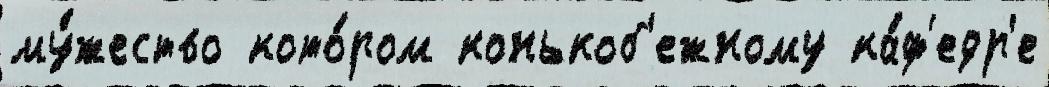
му́жество кото́ром конькоб'ежному ка́ф'едр'е